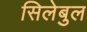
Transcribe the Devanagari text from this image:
सिलेबुल